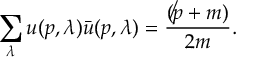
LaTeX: \sum _ { \lambda } u ( p , { \lambda } ) \bar { u } ( p , { \lambda } ) = \frac { ( \not p + m ) } { 2 m } .